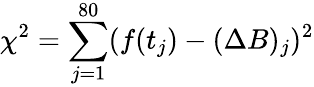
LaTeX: \chi^{2}=\sum_{j=1}^{80}(f(t_{j})-(\Delta B)_{j})^{2}